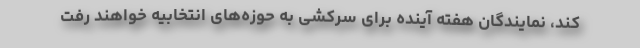
کند، نمایندگان هفته آینده برای سرکشی به حوزه‌های انتخابیه خواهند رفت